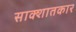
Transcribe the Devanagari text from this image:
साक्शातकार